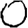
Digit: 0